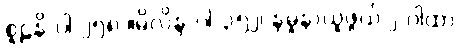
စူဠနိ-ပါ-၂၅၈ ။မိလိန္ဒ-ပါ-၃၅၂၊ နမူနာယူဖွယ် ၂-ဂါထာ